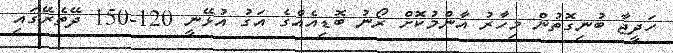
ހަދީޖާ ބުނިގޮތުން މިހާރު އާންމުކޮށް ރޯނު ބޮޑިއެއްގެ އަގު އުޅޭނީ 120-150 ދޭތެރޭގައި